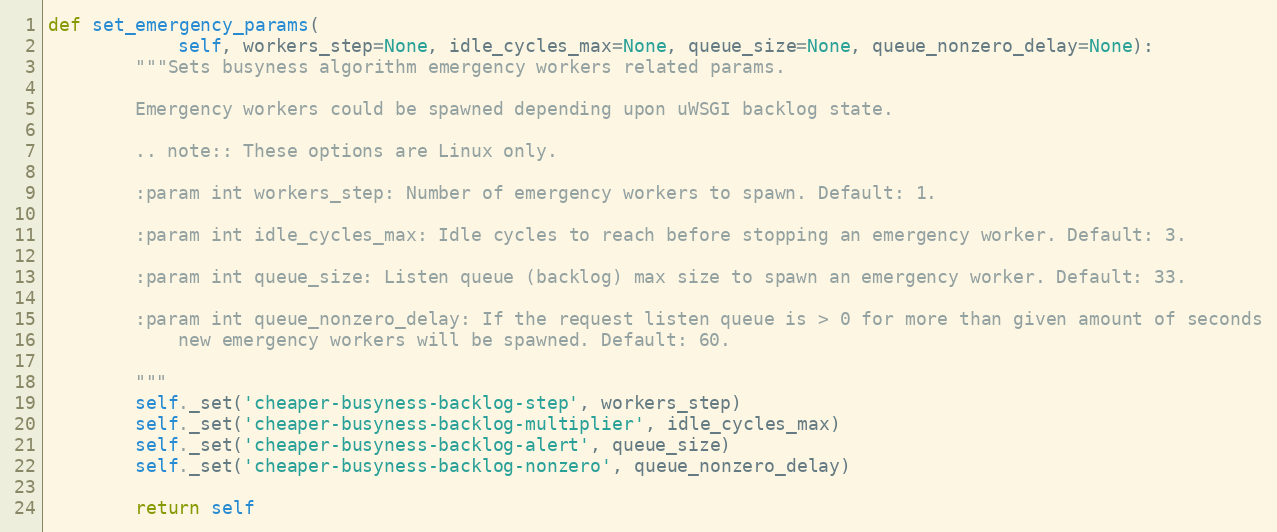
Language: Python
def set_emergency_params(
            self, workers_step=None, idle_cycles_max=None, queue_size=None, queue_nonzero_delay=None):
        """Sets busyness algorithm emergency workers related params.

        Emergency workers could be spawned depending upon uWSGI backlog state.

        .. note:: These options are Linux only.

        :param int workers_step: Number of emergency workers to spawn. Default: 1.

        :param int idle_cycles_max: Idle cycles to reach before stopping an emergency worker. Default: 3.

        :param int queue_size: Listen queue (backlog) max size to spawn an emergency worker. Default: 33.

        :param int queue_nonzero_delay: If the request listen queue is > 0 for more than given amount of seconds
            new emergency workers will be spawned. Default: 60.

        """
        self._set('cheaper-busyness-backlog-step', workers_step)
        self._set('cheaper-busyness-backlog-multiplier', idle_cycles_max)
        self._set('cheaper-busyness-backlog-alert', queue_size)
        self._set('cheaper-busyness-backlog-nonzero', queue_nonzero_delay)

        return self